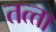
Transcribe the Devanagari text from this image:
तत्‍ता